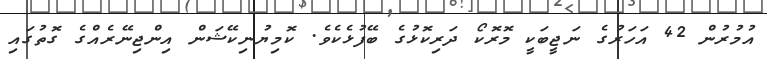
އުމުރުން 42 އަހަރުގެ ނަޖީބަކީ މޮރޮކޯ ދަރިކޮޅުގެ ބޭފުޅެކެވެ. ކޮމިޔުނިކޭޝަން އިންޖިނޭރެއްގެ ގޮތުގައި